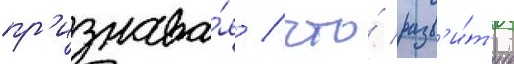
пр'изнава́я / что́ разв'и́т'ие